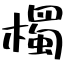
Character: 㯮